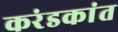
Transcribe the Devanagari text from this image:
करंडकांत